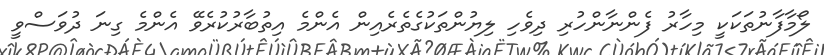
ލޯމާފާނުތަކަކީ މިހާރު ފެންނާންހުރި ދިވެހި ލިޔުންތަކުގެތެރެއިން އެންމެ އިތުބާރުކުރެވޭ އެންމެ ގިނަ ދުވަސްވީ